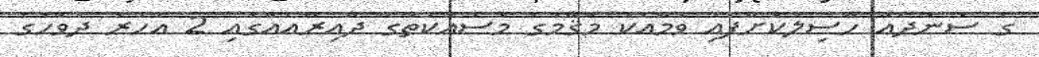
ގެ ސަނަދެއް ހާސިލުކޮށްފައި ވުމާއެކު މަޤާމުގެ މަސައްކަތުގެ ދާއިރާއެއްގައި 2 އަހަރު ދުވަހުގެ